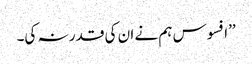
’’افسوس ہم نے ان کی قدر نہ کی۔